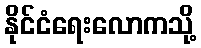
နိုင်ငံရေးလောကသို့